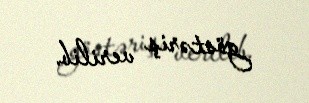
göstəriş verilib.